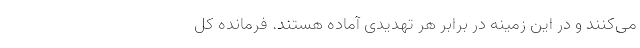
می‌کنند و در این زمینه در برابر هر تهدیدی آماده هستند. فرمانده کل